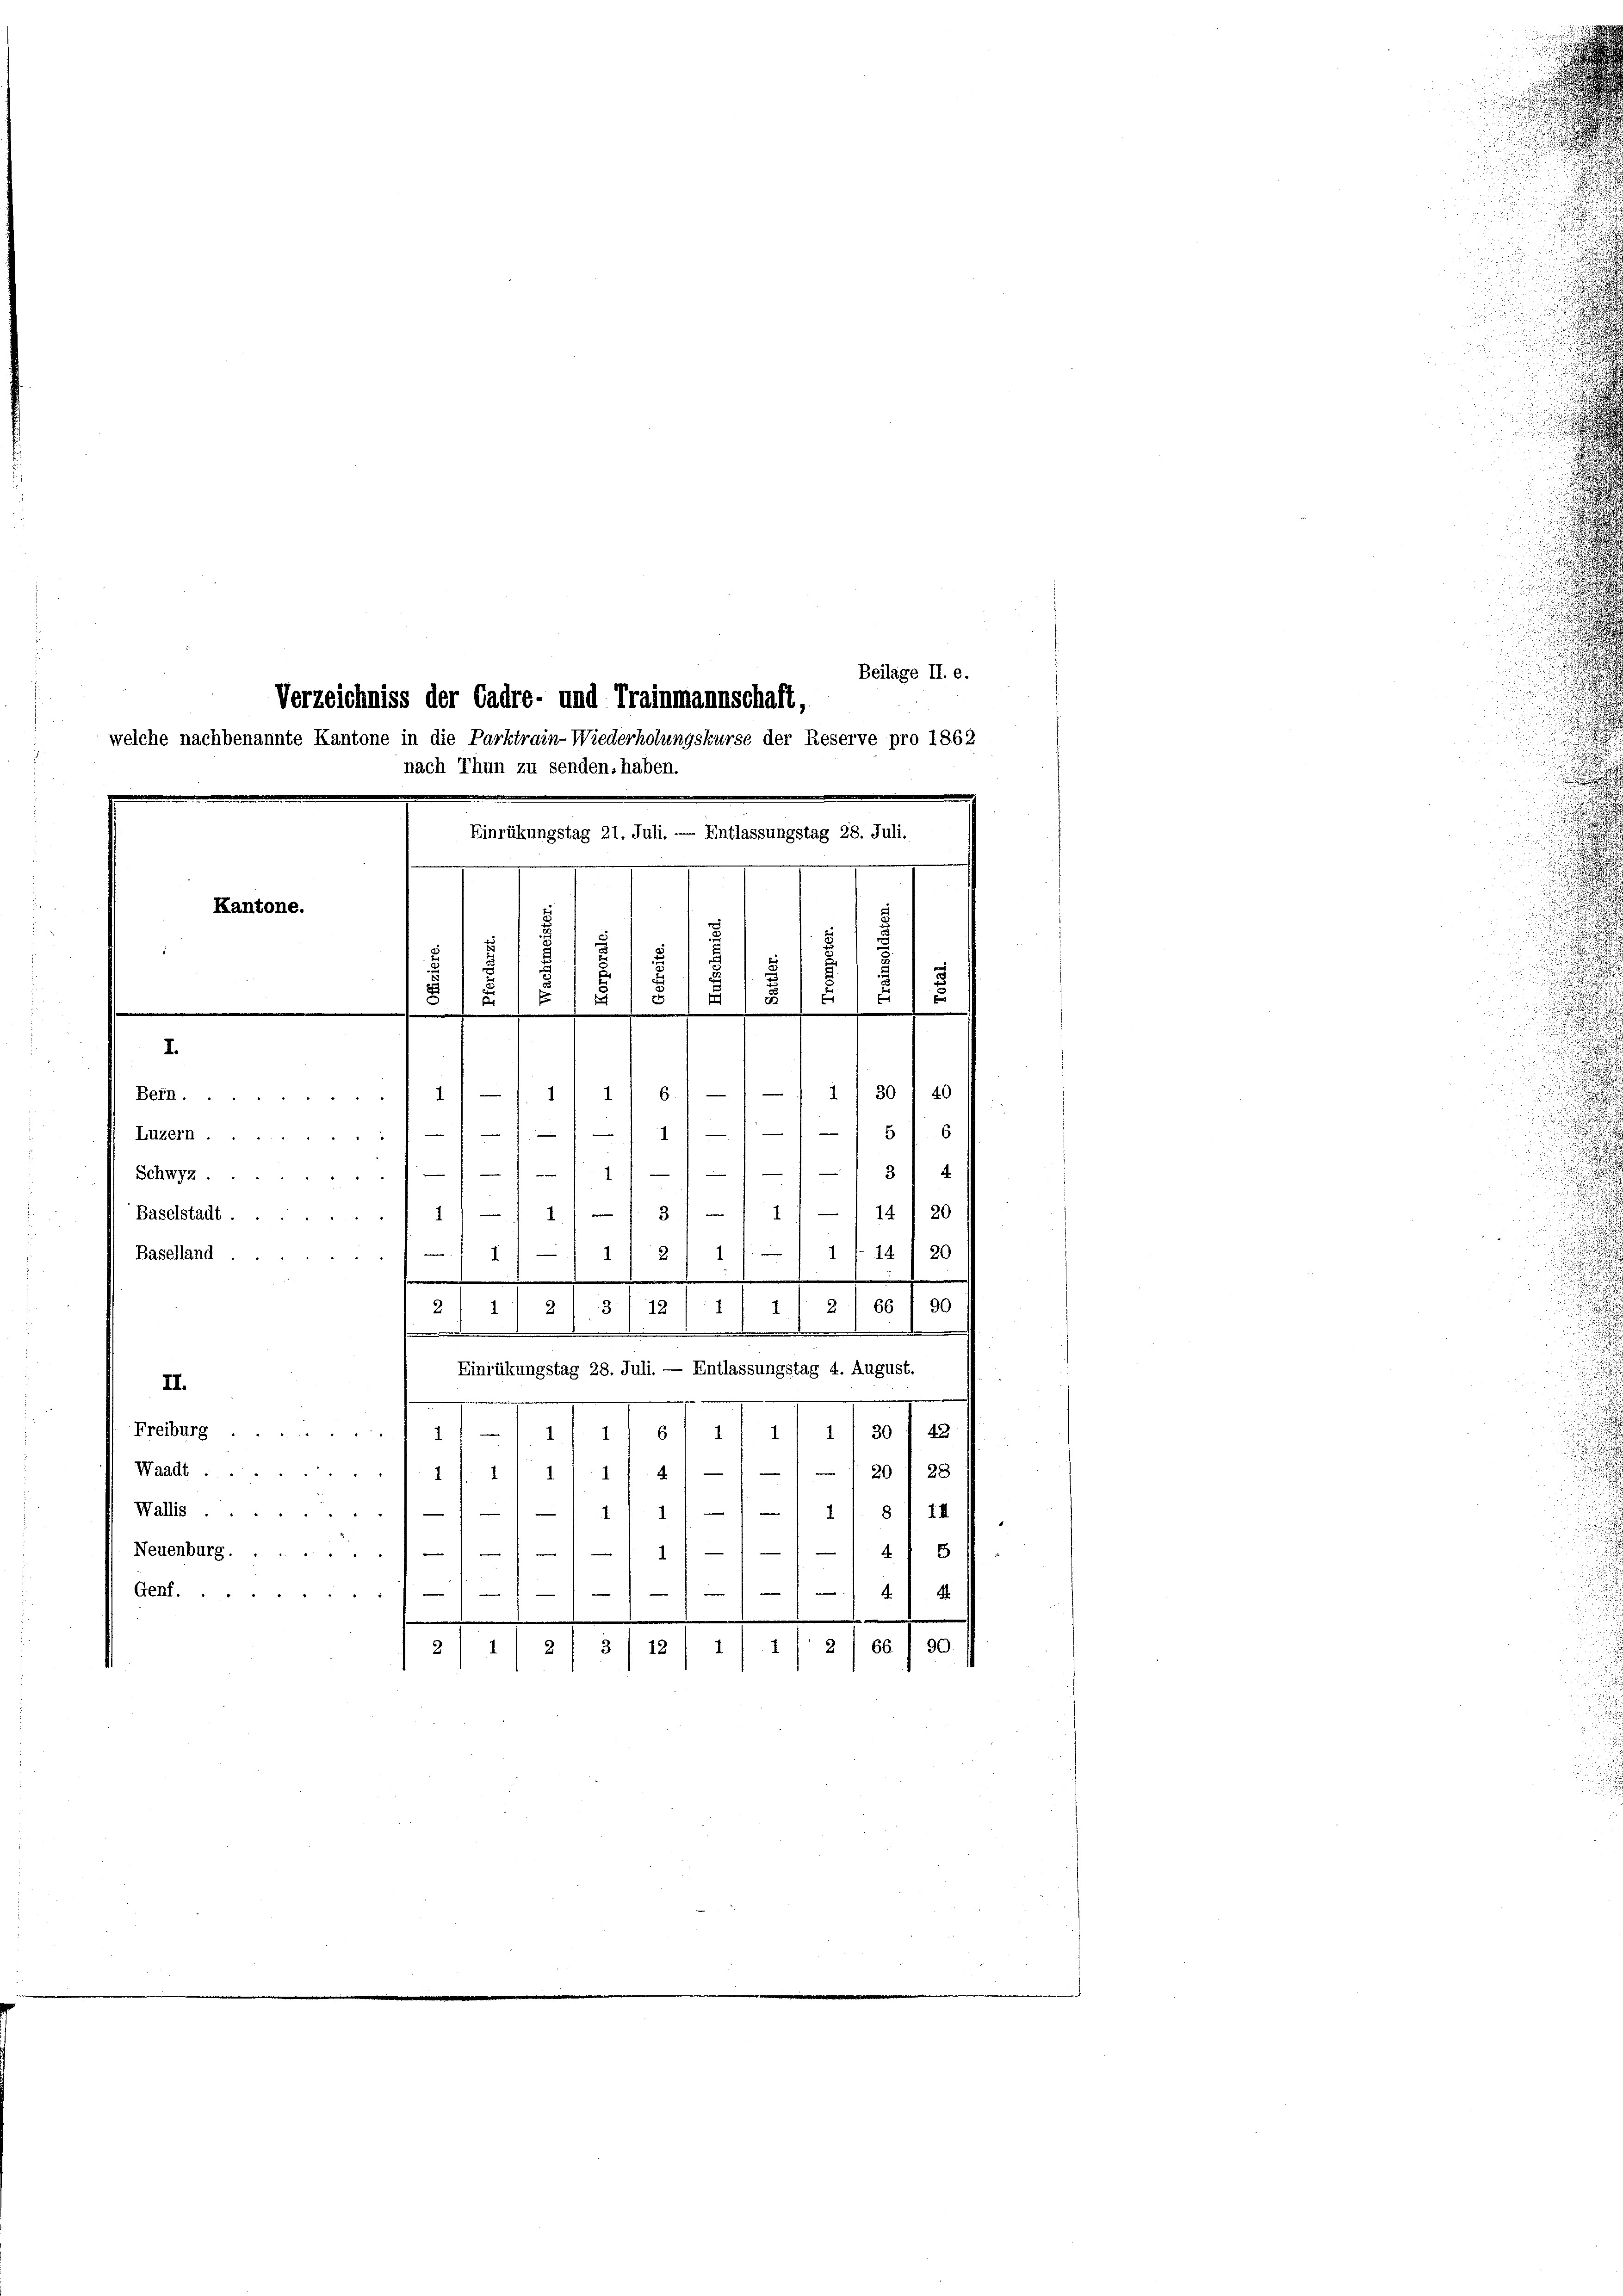
Verzeichniss der Cadre- und Trainmannschaft,
welche nachbenannte Kantone in die Parktrain-Wiederholungskurse der Reserve pro 1862
nach Thun zu senden, haben.
Einrükungstag 21. Juli. — Entlassungstag 28. Juli.
Kantone.

.
d
d
5
s
i
5
6
5
1
e
5
¬
1 11 - 11) 1) s.1) — 1130 1 40

I.

Beilage II. e.

Bern.
Luzern.////-11///-1 5/. 6
1111 34
Schwyz.
Baselstadt 11 - 11/ 3/ -) 11 - 114) 20

112
Baselland.
1/14/20
.
1
.
.
90
66
2
3
11
2
2
12
.

Einrükungstag 28. Juli. — Entlassungstag 4. August.
II.
e
wang des et tot et stato
Waadt 1/1/11. 11 4/// / 20 f 28
Wallis 11/1/1) — / — 11 § 114
Neuenburg./11/11////4) 5

4.
Genf)
.
m
2/66/90
 2 1/2 / 3/12/ 1/2